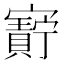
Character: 𫴝